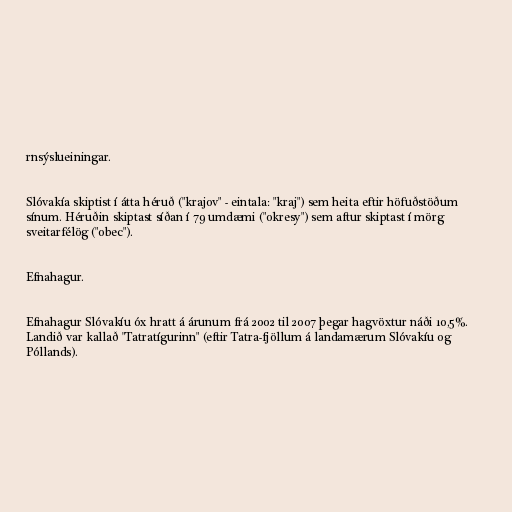
rnsýslueiningar.

Slóvakía skiptist í átta héruð ("krajov" - eintala: "kraj") sem heita eftir höfuðstöðum
sínum. Héruðin skiptast síðan í 79 umdæmi ("okresy") sem aftur skiptast í mörg
sveitarfélög ("obec").

Efnahagur.

Efnahagur Slóvakíu óx hratt á árunum frá 2002 til 2007 þegar hagvöxtur náði 10,5%.
Landið var kallað "Tatratígurinn" (eftir Tatra-fjöllum á landamærum Slóvakíu og
Póllands).